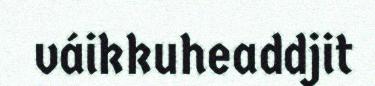
váikkuheaddjit